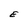
Character: E